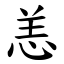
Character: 恙